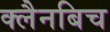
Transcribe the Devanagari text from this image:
क्लैनबिच